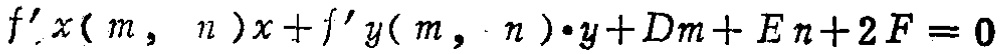
\[f'_x(m, n)x + f'_y(m, n)\cdot y + Dm + En + 2F = 0\]